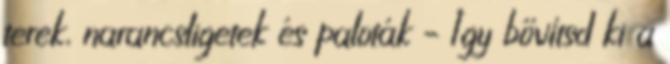
terek, narancsligetek és paloták – Így bővítsd ki a